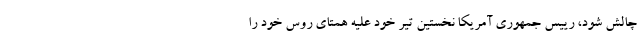
چالش شود، رییس جمهوری آمریکا نخستین تیر خود علیه همتای روس خود را